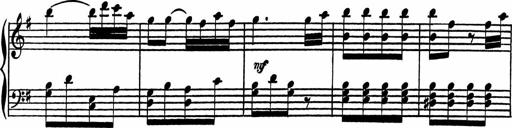
Title: 4 Piano Sonatinas
Composer: Adam Geibel